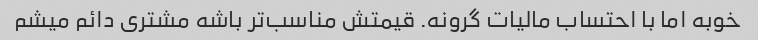
خوبه اما با احتساب مالیات گرونه. قیمتش مناسب‌تر باشه مشتری دائم میشم